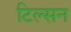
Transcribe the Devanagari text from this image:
टिल्सन